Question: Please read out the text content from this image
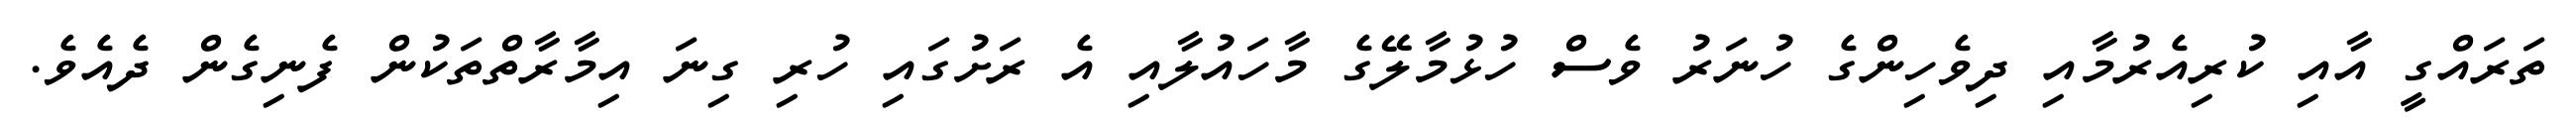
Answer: ތަރައްގީ އާއި ކުރިއެރުމާއި ދިވެހިންގެ ހުނަރު ވެސް ހުޅުމާލޭގެ މާހައުލާއި އެ ރަށުގައި ހުރި ގިނަ އިމާރާތްތަކުން ފެނިގެން ދެއެވެ.